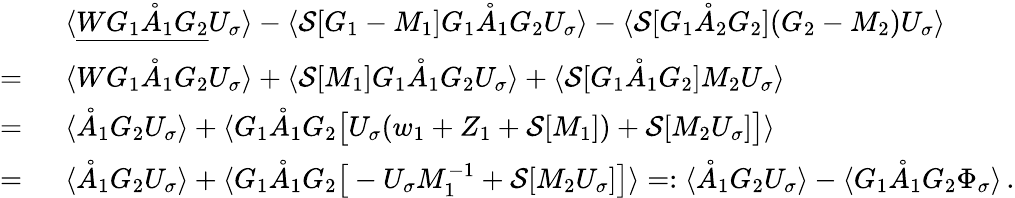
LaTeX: \begin{array}{rl}&{\langle\underline{{WG_{1}\mathring{A}_{1}G_{2}}}U_{\sigma}\rangle-\langle\mathcal{S}[G_{1}-M_{1}]G_{1}\mathring{A}_{1}G_{2}U_{\sigma}\rangle-\langle\mathcal{S}[G_{1}\mathring{A}_{2}G_{2}](G_{2}-M_{2})U_{\sigma}\rangle}\\ {=\ }&{\langle{WG_{1}\mathring{A}_{1}G_{2}}U_{\sigma}\rangle+\langle\mathcal{S}[M_{1}]G_{1}\mathring{A}_{1}G_{2}U_{\sigma}\rangle+\langle\mathcal{S}[G_{1}\mathring{A}_{1}G_{2}]M_{2}U_{\sigma}\rangle}\\ {=\ }&{\langle\mathring{A}_{1}G_{2}U_{\sigma}\rangle+\langle G_{1}\mathring{A}_{1}G_{2}\big[U_{\sigma}(w_{1}+Z_{1}+\mathcal{S}[M_{1}])+\mathcal{S}[M_{2}U_{\sigma}]\big]\rangle}\\ {=\ }&{\langle\mathring{A}_{1}G_{2}U_{\sigma}\rangle+\langle G_{1}\mathring{A}_{1}G_{2}\big[-U_{\sigma}M_{1}^{-1}+\mathcal{S}[M_{2}U_{\sigma}]\big]\rangle=:\langle\mathring{A}_{1}G_{2}U_{\sigma}\rangle-\langle G_{1}\mathring{A}_{1}G_{2}\Phi_{\sigma}\rangle\, .}\end{array}